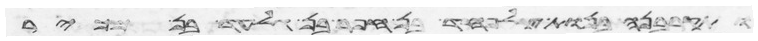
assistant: ותקרבנה בנות צלפחד בן חפר בן גלעד בן מכיר